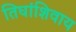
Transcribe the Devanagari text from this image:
तिघांशिवाय